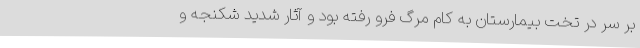
بر سر در تخت بیمارستان به کام مرگ فرو رفته بود و آثار شدید شکنجه و